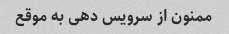
ممنون از سرویس دهی به موقع